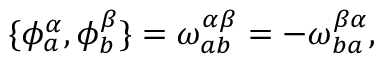
\{ \phi _ { a } ^ { \alpha } , \phi _ { b } ^ { \beta } \} = \omega _ { a b } ^ { \alpha \beta } = - \omega _ { b a } ^ { \beta \alpha } ,